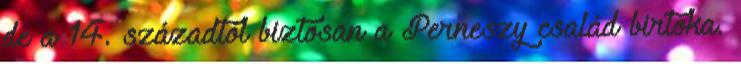
de a 14. századtól biztosan a Perneszy család birtoka.